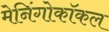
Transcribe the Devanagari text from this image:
मेनिंगोकॉकल